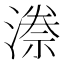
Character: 𭲊